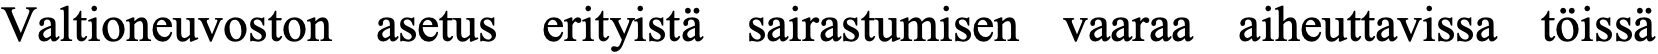
Valtioneuvoston asetus erityistä sairastumisen vaaraa aiheuttavissa töissä